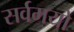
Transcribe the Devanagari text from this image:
सर्वमयो